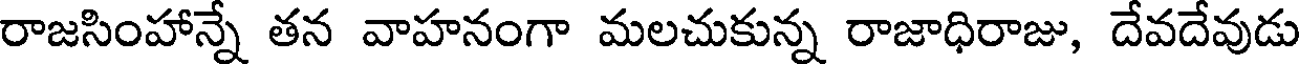
రాజసింహాన్నే తన వాహనంగా మలచుకున్న రాజాధిరాజు, దేవదేవుడు